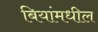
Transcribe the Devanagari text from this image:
बियांमधील